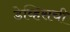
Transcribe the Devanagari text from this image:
डेव्हिसची